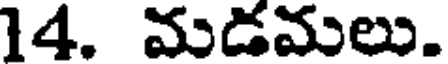
14. మడమలు.